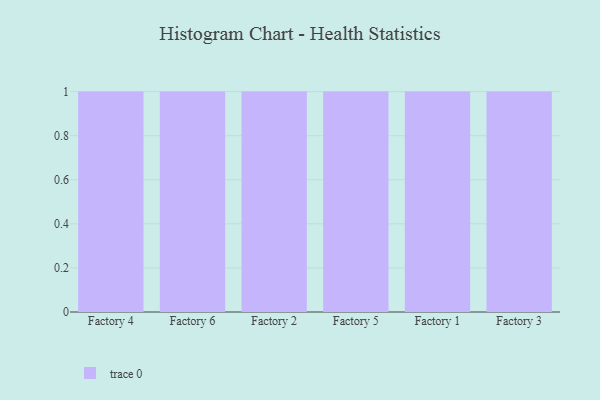
{"axis": {"x": "Factory", "y": "Bounce Rate (%)"}, "legend": [""], "data": [{"x": "Factory 4", "y": 98, "type": ""}, {"x": "Factory 6", "y": 33, "type": ""}, {"x": "Factory 2", "y": 40, "type": ""}, {"x": "Factory 5", "y": 70, "type": ""}, {"x": "Factory 1", "y": 99, "type": ""}, {"x": "Factory 3", "y": 93, "type": ""}]}